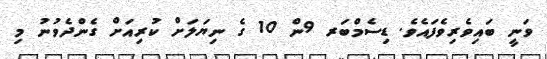
ވަނީ ބައިވެރިވެފައެވެ. ޑިސެމްބަރ 9ން 10 ގެ ނިޔަލަށް ކުރިއަށް ގެންދެވުނު މި